Annual report of the Punjab Veterinary College and of the Civil Veterinary Department, Punjab - 1894-1908
Year: 1894
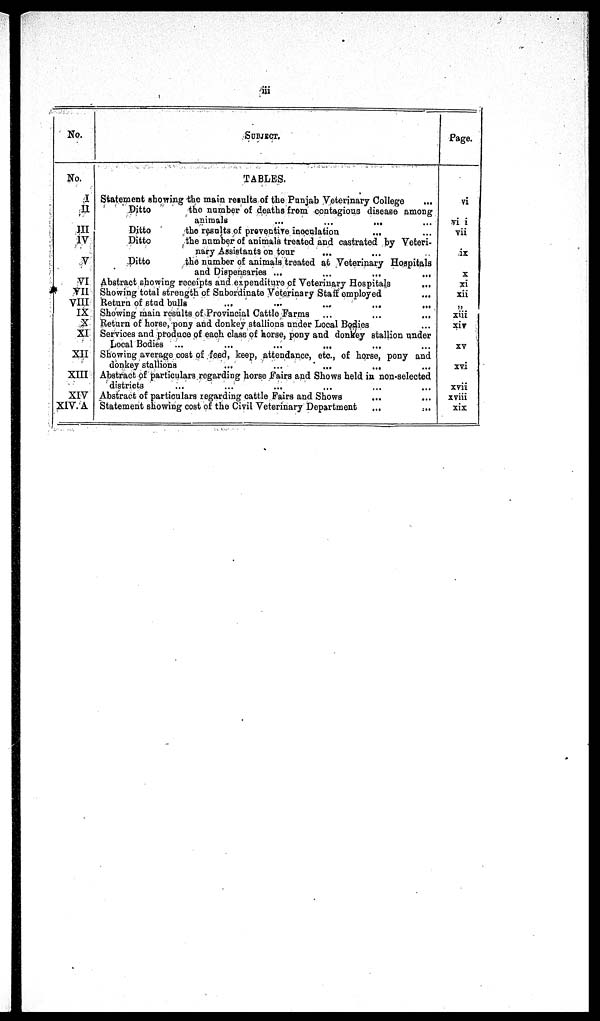
iii
No.
No.
I
II
III
IV
V
VI
VII
VIII
IX
X
XI
XII
XIII
XIV
XIV. A
SUBJECT.
TABLES.
Statement showing the main results of the Punjab Veterinary College ...
Ditto
the number of deaths from contagious disease among
animals
...
...
...
Ditto
the results of preventive inoculation
...
Ditto
the number of animals treated and castrated by Veteri-
nary Assistants on tour ... ...
Ditto
the number of animals treated at Veterinary Hospitals
and Dispensaries ...
...
...
...
Abstract showing receipts and expenditure of Veterinary Hospitals ...
Showing total strength of Subordinate Veterinary Staff employed ...
Return of stud bulls
...
...
...
...
...
Showing main results of Provincial Cattle Farms ... ... ...
Return of horse, pony and donkey stallions under Local Bodies ... ...
Services and produce of each class of horse, pony and donkey stallion under
Local Bodies ... ... ... ... ...
Showing average cost of feed, keep, attendance, etc., of horse, pony and
donkey stallions
...
...
...
...
Abstract of particulars regarding horse Fairs and Shows held in non-selected
districts ... ... ... ...
Abstract of particulars regarding cattle Pairs and Shows ... ...
Statement showing cost of the Civil Veterinary Department
...
...
Page.
vi
vii
vii
ix
X
xi
xii
„
xiii
xiv
xv
xvi
xvii
xviii
xix